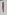
Text: 1